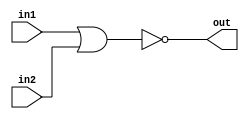
// SOlution
module top_module (
    input in1,
    input in2,
    output out);
    
    // in Behavioral level
    // assign out = ~(in1 || in2);
    
    //  in gate level (verilog inbuilt function)
    // nor(output port, input ports...);
    
    nor(out, in1, in2);

endmodule